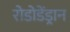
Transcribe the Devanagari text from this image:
रोडोडेंड्रान